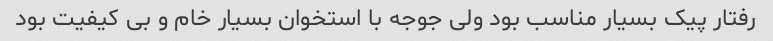
رفتار پیک بسیار مناسب بود ولی جوجه با استخوان بسیار خام و بی کیفیت بود